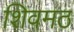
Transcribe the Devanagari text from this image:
शिवमठ